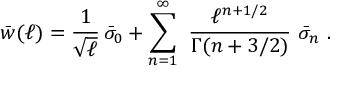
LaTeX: \bar { w } ( \ell ) = { \frac { 1 } { \sqrt { \ell } } } \, \bar { \sigma } _ { 0 } + \sum _ { n = 1 } ^ { \infty } \ { \frac { \ell ^ { n + 1 / 2 } } { \Gamma ( n + 3 / 2 ) } } \ \bar { \sigma } _ { n } \ .